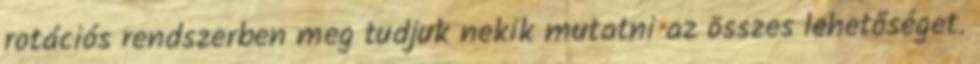
rotációs rendszerben meg tudjuk nekik mutatni az összes lehetőséget.